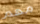
مهم